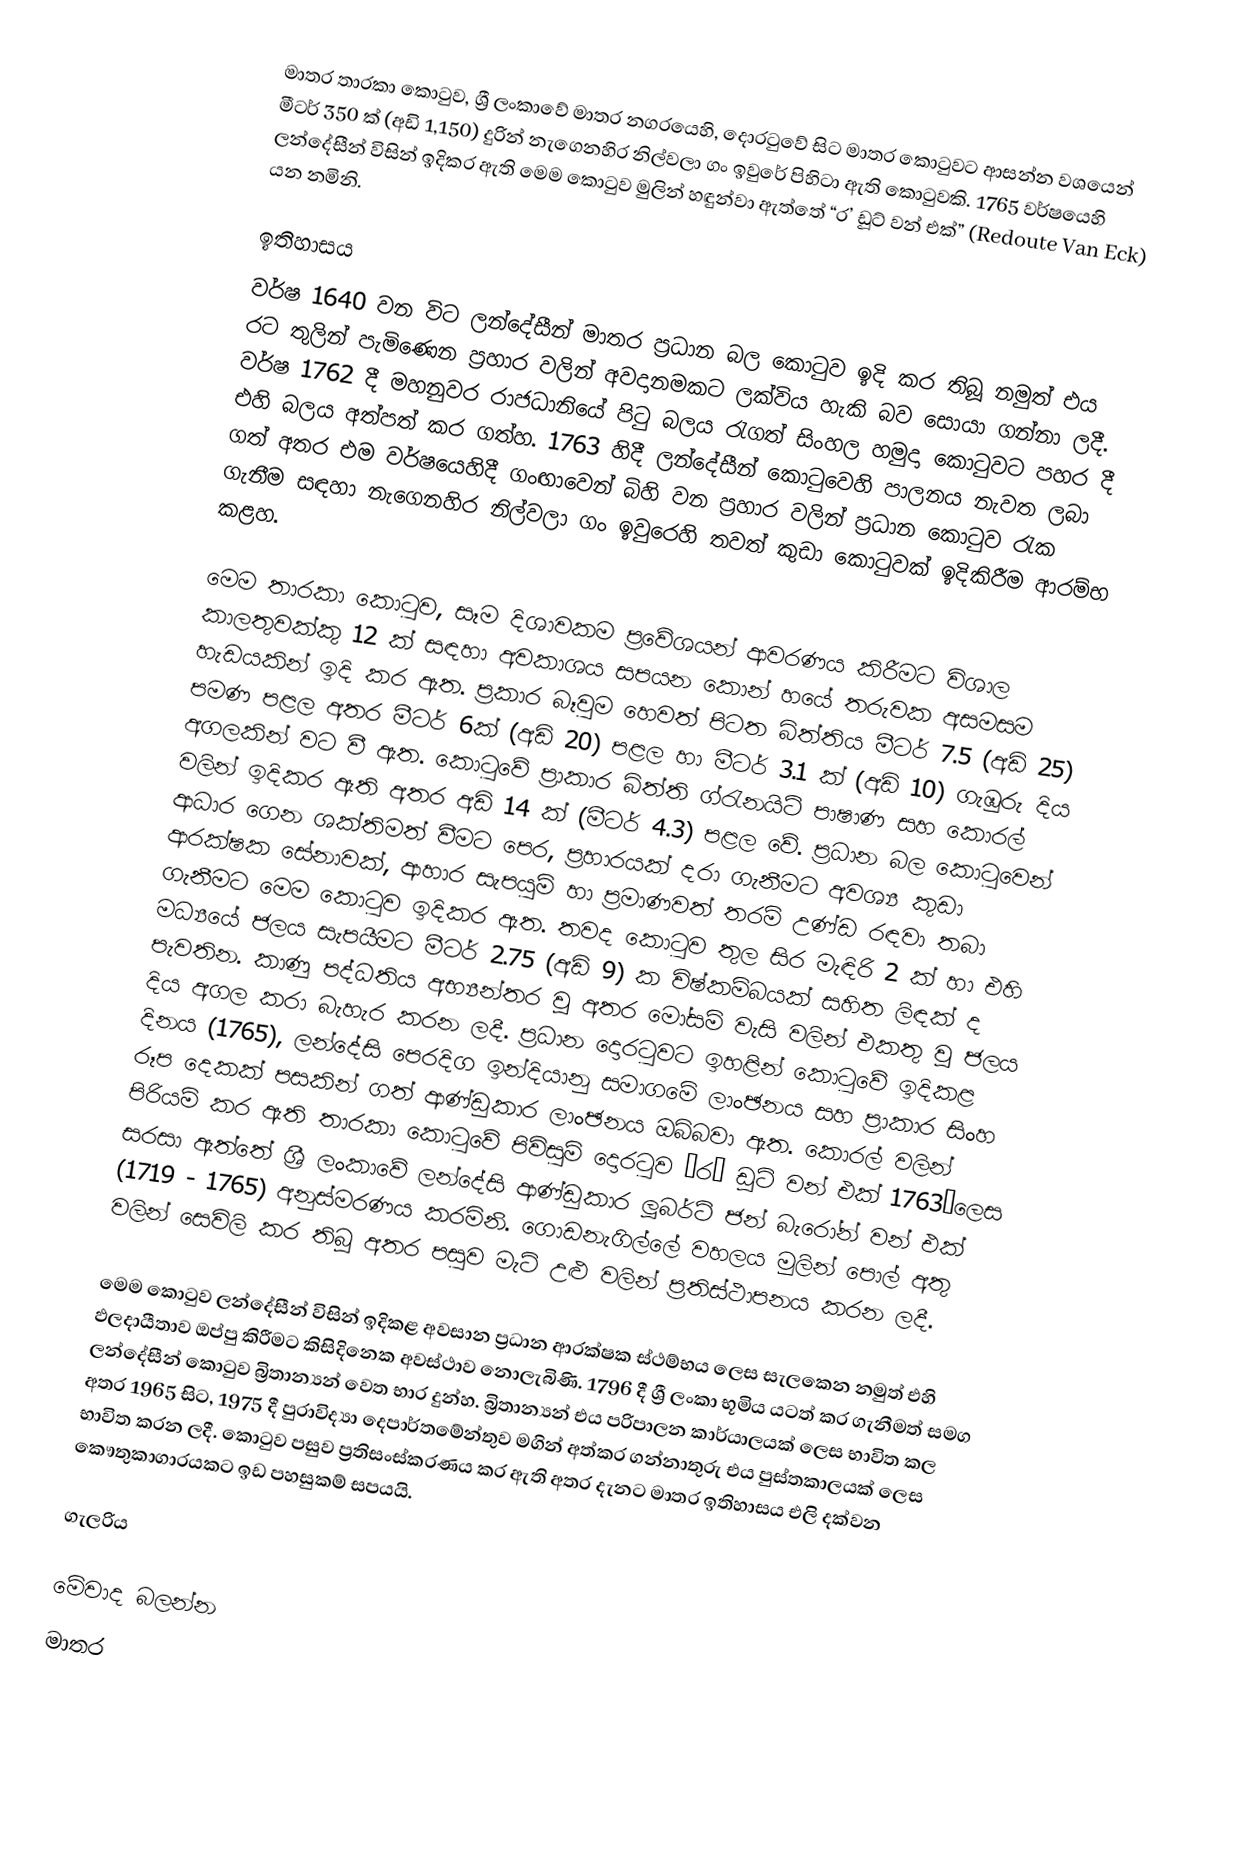
මාතර තාරකා කොටුව, ශ්‍රී ලංකාවේ මාතර නගරයෙහි, දොරටුවේ සිට මාතර කොටුවට ආසන්න වශයෙන් මීටර් 350 ක් (අඩි 1,150) දුරින් නැගෙනහිර නිල්වලා ගං ඉවුරේ පිහිටා ඇති කොටුවකි. 1765 වර්ෂයෙහි ලන්දේසීන් විසින් ඉදිකර ඇති මෙම කොටුව මුලින් හඳුන්වා ඇත්තේ “ර’ ඩූට් වන් එක්” (Redoute Van Eck) යන නමිනි.

ඉතිහාසය
වර්ෂ 1640 වන විට ලන්දේසීන් මාතර ප්‍රධාන බල කොටුව ඉදි කර තිබූ නමුත් එය රට තුලින් පැමිණෙන ප්‍රහාර වලින් අවදානමකට ලක්විය හැකි බව සොයා ගන්නා ලදී. වර්ෂ 1762 දී මහනුවර රාජධානියේ පිටු බලය රැගත් සිංහල හමුදා කොටුවට පහර දී එහි බලය අත්පත් කර ගත්හ. 1763 හිදී ලන්දේසීන් කොටුවෙහි පාලනය නැවත ලබා ගත් අතර එම වර්ෂයෙහිදී ගංඟාවෙන් බිහි වන ප්‍රහාර වලින් ප්‍රධාන කොටුව රැක ගැනීම සඳහා නැගෙනහිර නිල්වලා ගං ඉවුරෙහි තවත් කුඩා කොටුවක් ඉදිකිරීම ආරම්භ කළහ.

මෙම තාරකා කොටුව, සෑම දිශාවකම ප්‍රවේශයන් ආවරණය කිරීමට විශාල කාලතුවක්කු 12 ක් සඳහා අවකාශය සපයන කොන් හයේ තරුවක අසමසම හැඩයකින් ඉදි කර ඇත. ප්‍රකාර බෑවුම හෙවත් පිටත බිත්තිය මීටර් 7.5 (අඩි 25) පමණ පළල අතර මීටර් 6ක් (අඩි 20) පළල හා මීටර් 3.1 ක් (අඩි 10) ගැඹුරු දිය අගලකින් වට වී ඇත. කොටුවේ ප්‍රාකාර බිත්ති ග්රැනයිට් පාෂාණ සහ කොරල් වලින් ඉදිකර ඇති අතර අඩි 14 ක් (මීටර් 4.3) පළල වේ. ප්‍රධාන බල කොටුවෙන් ආධාර ගෙන ශක්තිමත් වීමට  පෙර, ප්‍රහාරයක් දරා ගැනීමට අවශ්‍ය කුඩා ආරක්ෂක සේනාවක්, ආහාර සැපයුම් හා ප්‍රමාණවත් තරම් උණ්ඩ රඳවා තබා ගැනීමට මෙම කොටුව ඉදිකර ඇත. තවද කොටුව තුල සිර මැඳිරි 2 ක් හා එහි මධ්‍යයේ ජලය සැපයීමට මීටර් 2.75 (අඩි 9) ක විෂ්කම්බයක් සහිත ලිඳක් ද පැවතින. කාණු පද්ධතිය අභ්‍යන්තර වූ අතර මෝසම් වැසි වලින් එකතු වූ ජලය දිය අගල කරා බැහැර කරන ලදී. ප්‍රධාන දොරටුවට ඉහළින් කොටුවේ ඉදිකළ දිනය (1765), ලන්දේසි පෙරදිග ඉන්දියානු සමාගමේ ලාංඡනය සහ ප්‍රාකාර  සිංහ රූප දෙකක් පසකින් ගත් ආණ්ඩුකාර ලාංඡනය ඔබ්බවා ඇත. කොරල් වලින් පිරියම් කර ඇති තාරකා කොටුවේ පිවිසුම් දොරටුව “ර’ ඩූට් වන් එක් 1763”ලෙස සරසා ඇත්තේ ශ්‍රී ලංකාවේ ලන්දේසි ආණ්ඩුකාර ලූබර්ට් ජන් බැරෝන් වන් එක් (1719 - 1765) අනුස්මරණය කරමිනි. ගොඩනැගිල්ලේ  වහලය මුලින් පොල් අතු වලින් සෙවිලි කර තිබූ අතර පසුව මැටි උළු වලින් ප්‍රතිස්ථාපනය කරන ලදී.

මෙම කොටුව ලන්දේසීන් විසින් ඉදිකළ අවසාන ප්‍රධාන ආරක්ෂක ස්ථම්භය ලෙස සැලකෙන නමුත් එහි ඵලදායීතාව ඔප්පු කිරීමට කිසිදිනෙක අවස්ථාව නොලැබිණි. 1796 දී ශ්‍රී ලංකා භූමිය යටත් කර ගැනීමත් සමග ලන්දේසීන් කොටුව බ්‍රිතාන්‍යන් වෙත භාර දුන්හ. බ්‍රිතාන්‍යන් එය පරිපාලන කාර්යාලයක් ලෙස භාවිත කල අතර 1965 සිට, 1975 දී පුරාවිද්‍යා දෙපාර්තමේන්තුව මගින් අත්කර ගන්නාතුරු එය පුස්තකාලයක් ලෙස භාවිත කරන ලදී. කොටුව පසුව ප්‍රතිසංස්කරණය කර ඇති අතර දැනට මාතර ඉතිහාසය එලි දක්වන කෞතුකාගාරයකට ඉඩ පහසුකම් සපයයි.

ගැලරිය

මේවාද බලන්න
මාතර